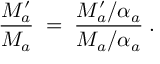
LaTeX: \frac { M _ { a } ^ { \prime } } { M _ { a } } \; = \; \frac { M _ { a } ^ { \prime } / \alpha _ { a } } { M _ { a } / \alpha _ { a } } \; .